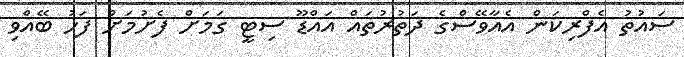
ސައުތު އެފްރިކަން އެއާވޭސްގެ ދަތުރުތައް އައްޑޫ ސިޓީ ގަމަށް ފެށުމަށް ފަހު ބޭއްވި